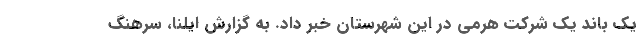
یک باند یک شرکت هرمی در این شهرستان خبر داد. به گزارش ایلنا، سرهنگ